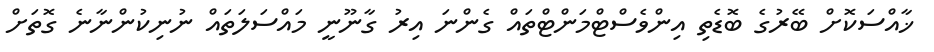
ޚާއްސަކޮށް ބޭރުގެ ބޮޑެތި އިންވެސްޓްމަންޓްތައް ގެންނަ އިރު ގާނޫނީ މައްސަލަތައް ނުނިކުންނާނެ ގޮތަށް